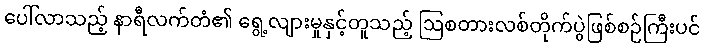
ပေါ်လာသည့် နာရီလက်တံ၏ ရွေ့လျားမှုနှင့်တူသည့် ဩစတားလစ်တိုက်ပွဲဖြစ်စဉ်ကြီးပင်